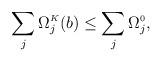
LaTeX: \begin{align*}\sum_{j}\Omega^{\scriptscriptstyle K}_{j}(b) \leq \sum_{j}\Omega^{\scriptscriptstyle 0}_{j},\end{align*}